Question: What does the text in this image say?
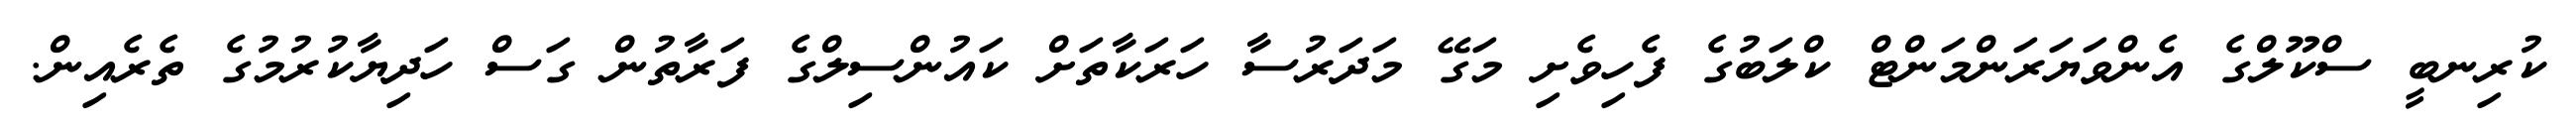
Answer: ކުރިނބީ ސްކޫލްގެ އެންވަޔަރަންމަންޓް ކްލަބުގެ ފެހިވެށި މަގޭ މަދަރުސާ ހަރަކާތަށް ކައުންސިލްގެ ފަރާތުން ގަސް ހަދިޔާކުރުމުގެ ތެރެއިން.